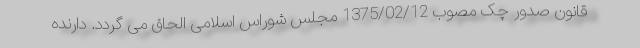
قانون صدور چک مصوب 1375/02/12 مجلس شوراس اسلامی الحاق می گردد. دارنده